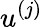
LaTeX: u^{(j)}